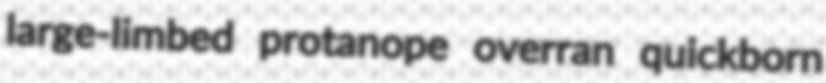
large-limbed protanope overran quickborn